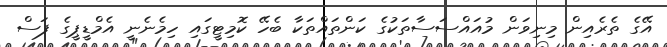
އޭގެ ތެރެއިން މިނިވަން މުއައްސަސާތަކުގެ ކަންތައްތަކާ ބެހޭ ކޮމިޓީގައި ހިމެނެނީ އެމްޑީޕީގެ ފަސް